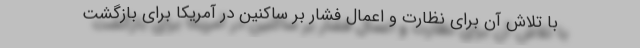
با تلاش آن برای نظارت و اعمال فشار بر ساکنین در آمریکا برای بازگشت